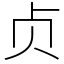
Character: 贞